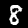
Digit: 8